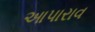
આપારાવ